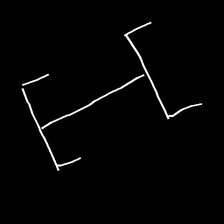
Glyph: entwine